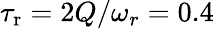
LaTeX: \tau_{\mathrm{r}}=2Q/\omega_{r}=0.4